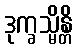
ဒုက္ခသ္မိန္တိ